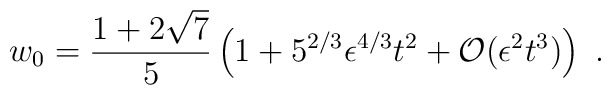
w_0= {1+2 \sqrt{7}\over 5} \left(1+5^{2/3}  \epsilon^{4/3} t^2 + {\cal O}(\epsilon^2 t^3)\right)\ .